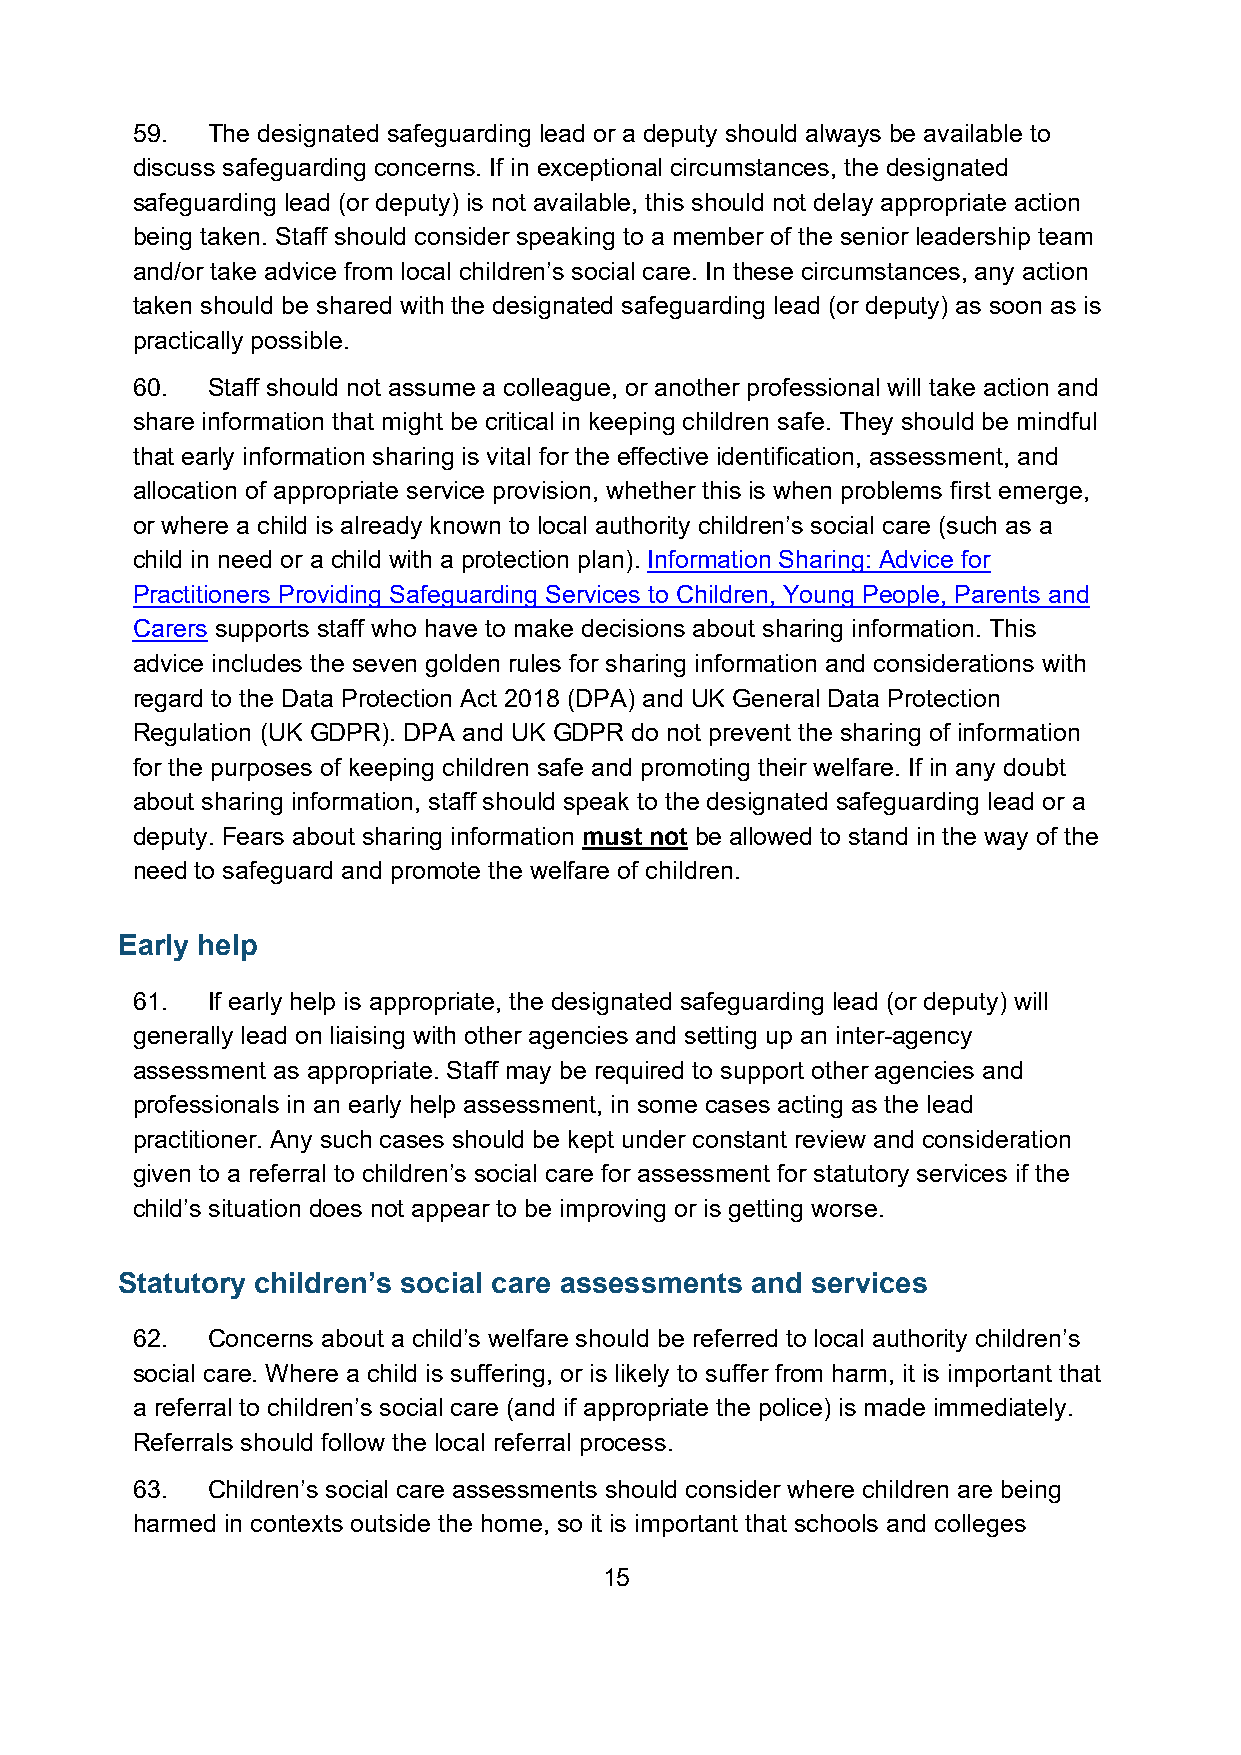
59.  The designated safeguarding lead or a deputy should always be available to
 discuss safeguarding concerns. If in exceptional circumstances, the designated
 safeguarding lead (or deputy) is not available, this should not delay appropriate action
 being taken. Staff should consider speaking to a member of the senior leadership team
 and/or take advice from local children’s social care. In these circumstances, any action
 taken should be shared with the designated safeguarding lead (or deputy) as soon as is
 practically possible.
 60.  Staff should not assume a colleague, or another professional will take action and
 share information that might be critical in keeping children safe. They should be mindful
 that early information sharing is vital for the effective identification, assessment, and
 allocation of appropriate service provision, whether this is when problems first emerge,
 or where a child is already known to local authority children’s social care (such as a
 child in need or a child with a protection plan). Information Sharing: Advice for
 Practitioners Providing Safeguarding Services to Children, Young People, Parents and
 Carers supports staff who have to make decisions about sharing information. This
 advice includes the seven golden rules for sharing information and considerations with
 regard to the Data Protection Act 2018 (DPA) and UK General Data Protection
 Regulation (UK GDPR). DPA and UK GDPR do not prevent the sharing of information
 for the purposes of keeping children safe and promoting their welfare. If in any doubt
 about sharing information, staff should speak to the designated safeguarding lead or a
 deputy. Fears about sharing information must not be allowed to stand in the way of the
 need to safeguard and promote the welfare of children.
 Early help
 61.  If early help is appropriate, the designated safeguarding lead (or deputy) will
 generally lead on liaising with other agencies and setting up an inter-agency
 assessment as appropriate. Staff may be required to support other agencies and
 professionals in an early help assessment, in some cases acting as the lead
 practitioner. Any such cases should be kept under constant review and consideration
 given to a referral to children’s social care for assessment for statutory services if the
 child’s situation does not appear to be improving or is getting worse.
 Statutory children’s social care assessments and services
 62.  Concerns about a child’s welfare should be referred to local authority children’s
 social care. Where a child is suffering, or is likely to suffer from harm, it is important that
 a referral to children’s social care (and if appropriate the police) is made immediately.
 Referrals should follow the local referral process.
 63.  Children’s social care assessments should consider where children are being
 harmed in contexts outside the home, so it is important that schools and colleges
 15